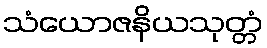
သံယောဇနိယသုတ္တံ